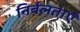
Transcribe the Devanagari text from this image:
निर्बलताएँ